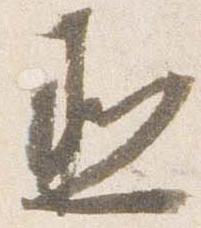
丞